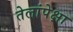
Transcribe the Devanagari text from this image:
तेलांपेक्षा